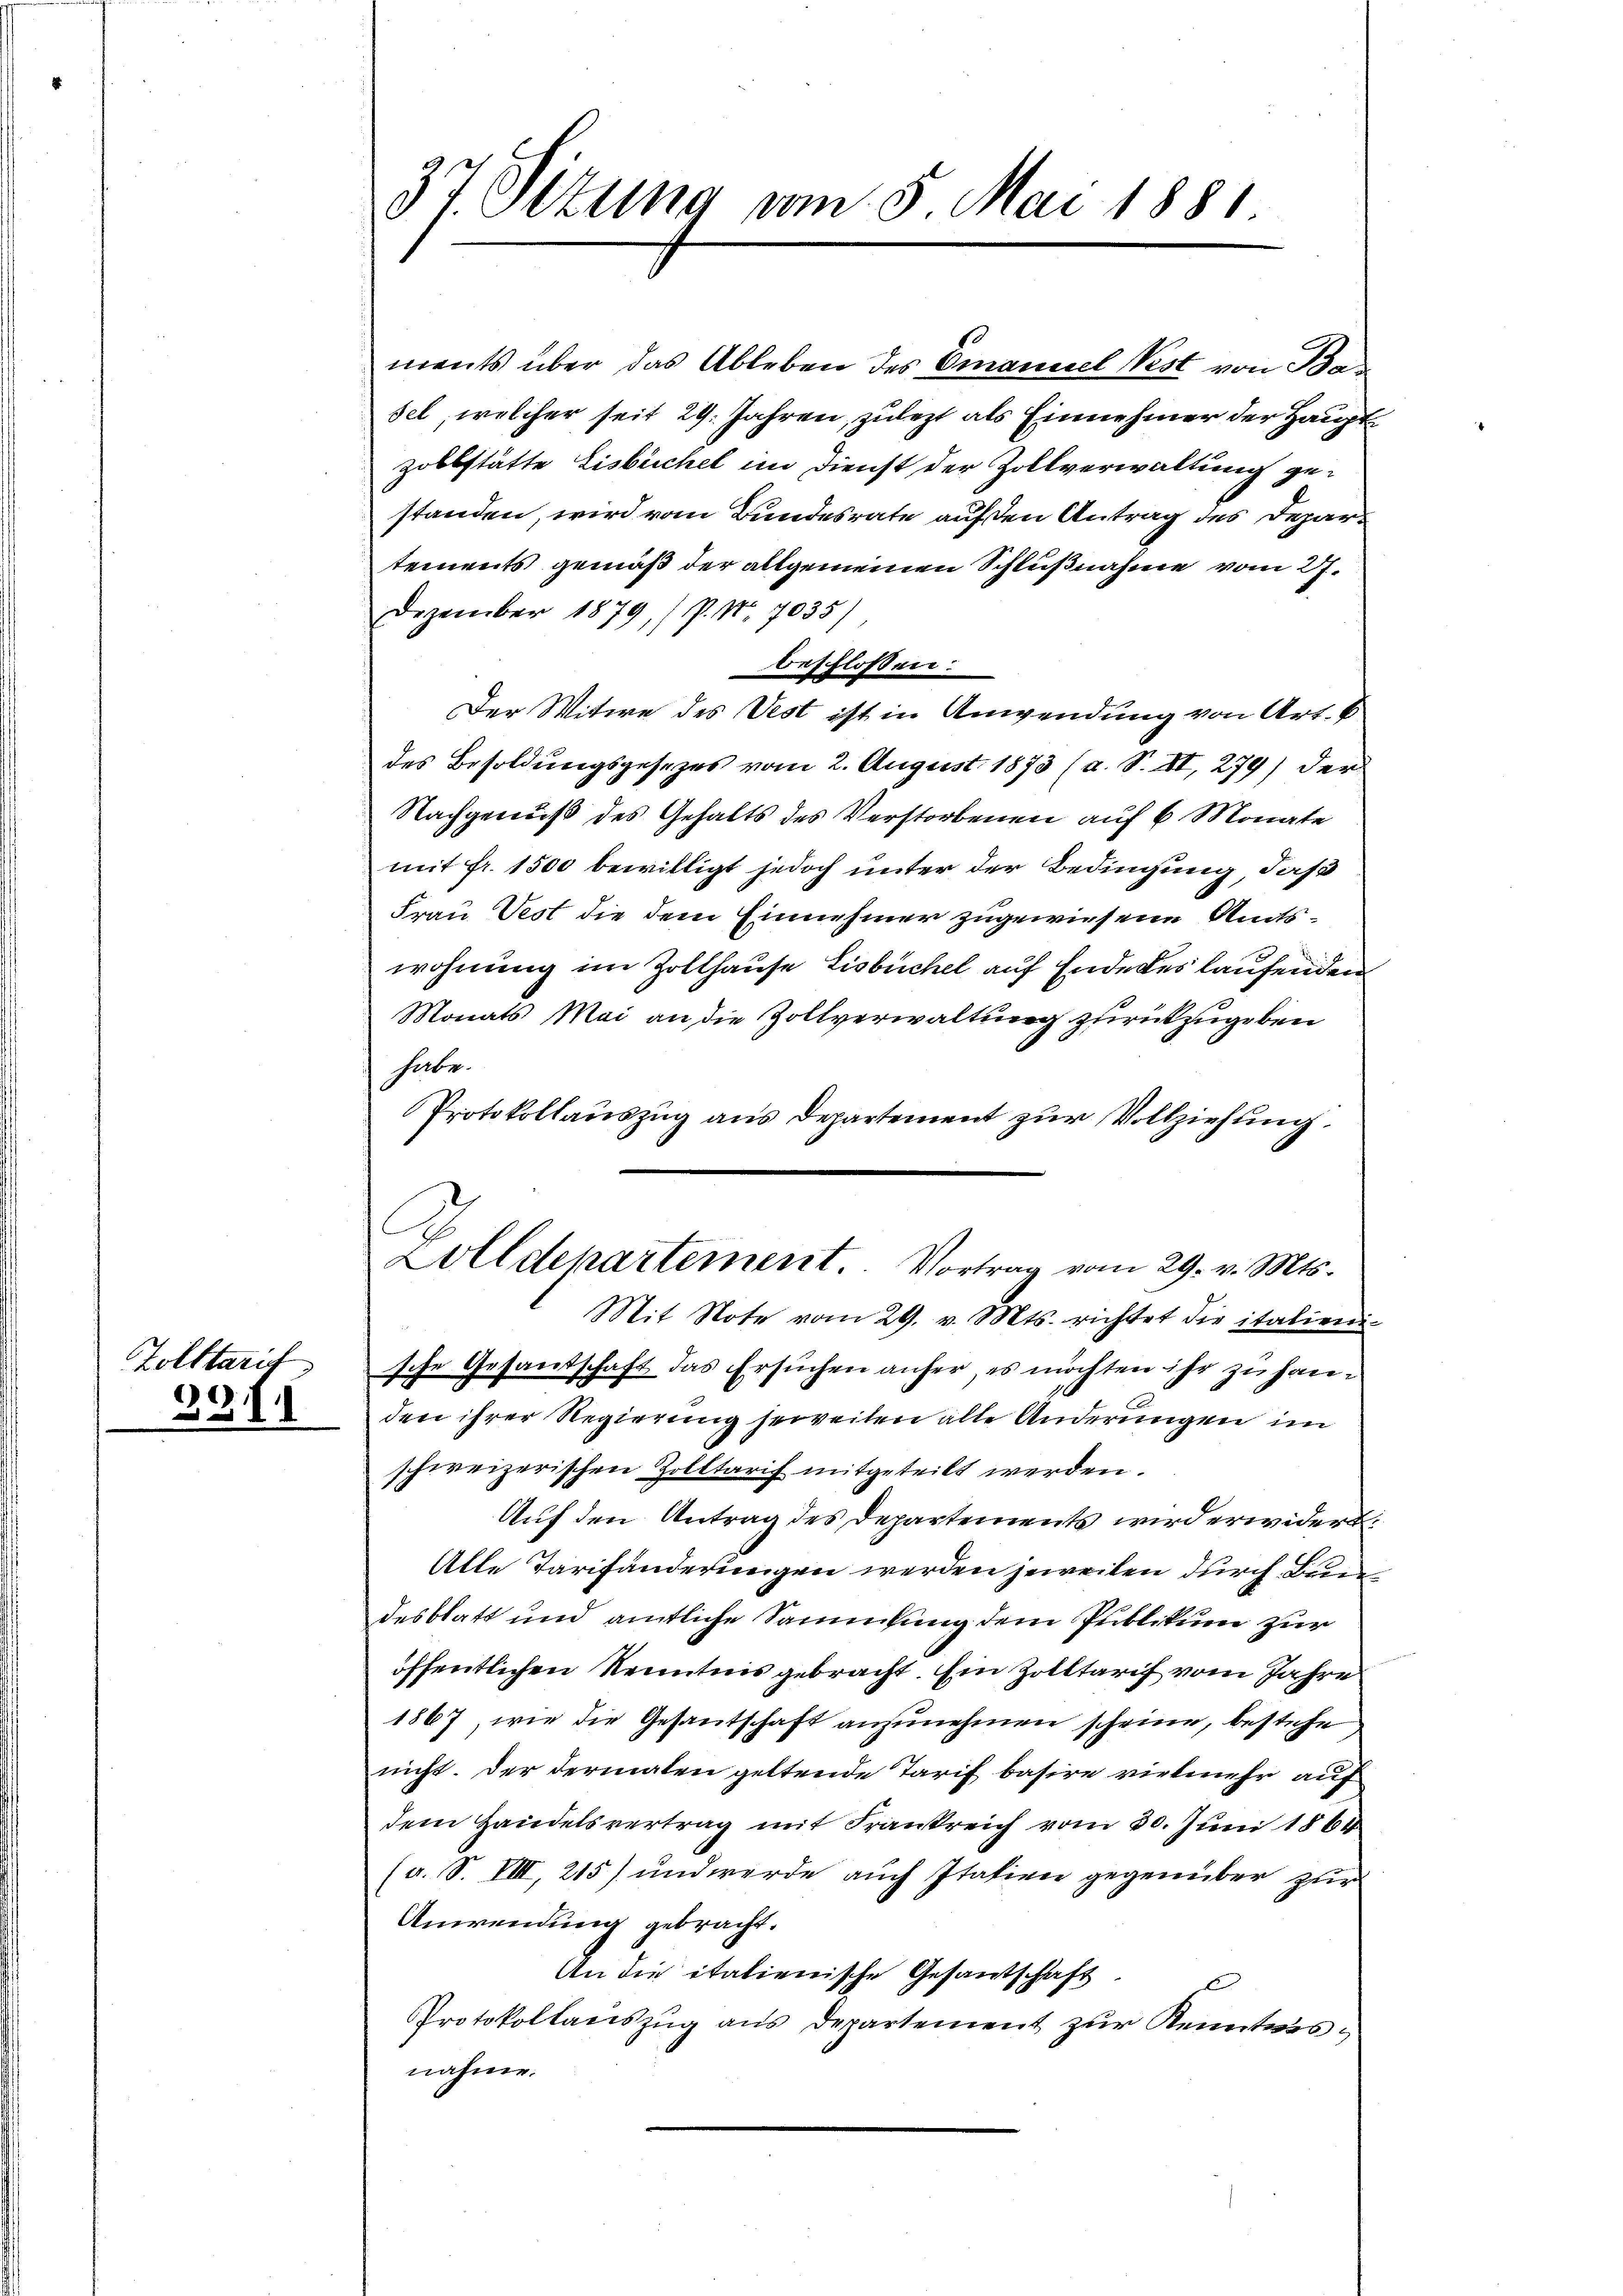
Zolttarif

)
31

.

37 Ottung vom 5. Mai 1881.

ments über das Ableben des Emanuel Nest von Basel, welcher seit 29. Jahren, zulezt als Einnehmer der Hauptzollstätte Eisbüchel im Dienst der Zollverwaltung gestanden, wird vom Bundesrate auf den Antrag des Departements gemäß der allgemeinen Schlußnahme vom 27.
Dezember 1879, (P. Nr. 7035)
beschlossen:
Der Witwe des Vest ist in Anwendung von Art. 6
des Besoldungsgesezes vom 2. August 1873 (a. S. II, 279) der
Nachgenuß des Gehalts des Verstorbenen auf 6 Monate
mit fr. 1500 bewilligt jedoch unter der Bedingung, daß
Frau Vest die dem Einnehmer zugewiesene Amtswohnung im Zollhause Lisbüchel auf Ende des laufenden
Monats Mai an die Zollverwaltung zurückzugeben
habe.
Protokollauszug aus Departement zur Vollziehung.
Zolldepartement Vortrag vom 29. v. Mts.
Mit Note vom 29. v. Mts. richtet die italien-
sche Gesandschaft das Ersuchen anfer es möchten ihr zu handen ihrer Regierung jeweiten alle Anderungen im
schweizerischen Zolltarif mitgeteilt werden.
Auf den Antrag des Departements wird erwidert.
Alle Tarifänderungen werden jeweilen durch Bundesblatt und amtliche Sammlung dem Publikum zur
öffentlichen Kenntnis gebracht. Ein Zolltarif vom Jahre
1867, wie die Gesantschaft anzunehmen scheine, bestehe
nicht. Der dermalen geltende Tarif basire vielmehr auf
dem Handelsvertrag mit Frankreich vom 30. Juni 1864
(a. S. VIII, 215) und werde auch Italien gegenüber zur
Anwendung gebracht.
An die italienische Gesandschaft.
Protokollauszug aus Departement zur Kenntnis-
nahme.